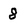
Character: 8